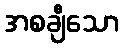
အစချီသော